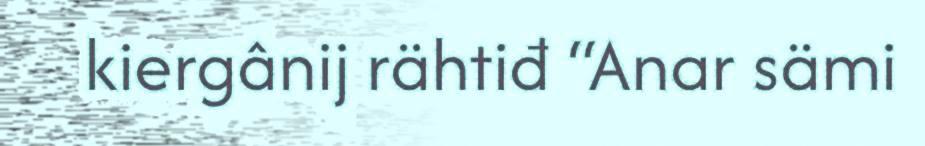
kiergânij rähtiđ “Anar sämi